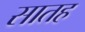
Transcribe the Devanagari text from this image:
सातह